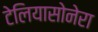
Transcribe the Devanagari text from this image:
टेलियासोनेरा